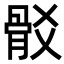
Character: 𩨟